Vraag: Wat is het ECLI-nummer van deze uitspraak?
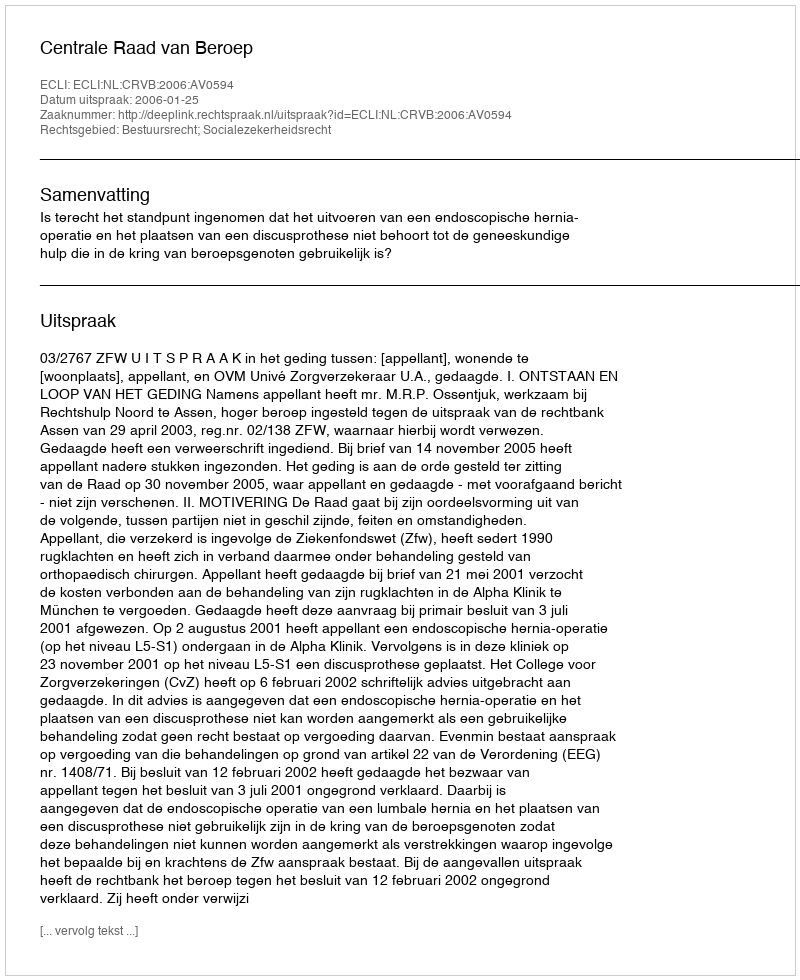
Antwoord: ECLI:NL:CRVB:2006:AV0594